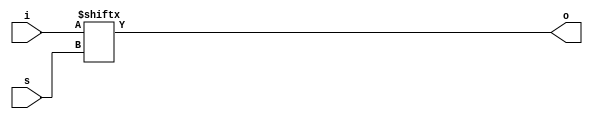
module rep9(i,s,o,);
	input [7:0]i;
	input [2:0]s;
	output o;
	assign o=i[s];
endmodule